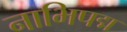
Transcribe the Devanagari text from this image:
नाभिपद्म